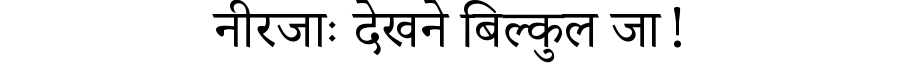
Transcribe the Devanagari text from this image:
नीरजाः देखने बिल्कुल जा!